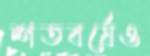
শতবর্ষেও